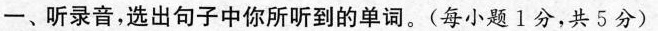
一、听录音,选出句子中你所听到的单词.(每小题 1分,共5分)